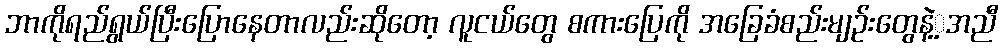
ဘာကိုရည်ရွယ်ပြီးပြောနေတာလည်းဆိုတော့ လူငယ်တွေ စကားပြေကို အခြေခံစည်းမျဉ်းတွေနဲ့့အညီ